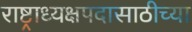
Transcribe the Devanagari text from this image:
राष्ट्राध्यक्षपदासाठीच्या